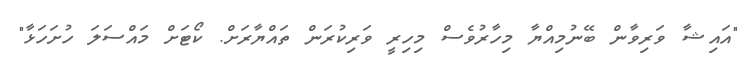
"އަަައިޝާ ވަރިވާން ބޭނުމިއްޔާ މިހާރުވެސް މިހިރީ ވަރިކުރަން ތައްޔާރަށް. ކޯޓަށް މައްސަލަ ހުށަހަޅާ"